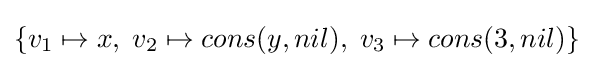
\{v_{1}\mapsto x,\;v_{2}\mapsto cons(y,nil),\;v_{3}\mapsto cons(3,nil)\}